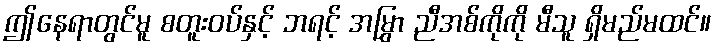
ဤနေရာတွင်မူ စတူးဝပ်နှင့် ဘရင့် အမြွှာ ညီအစ်ကိုကို မီသူ ရှိမည်မထင်။